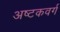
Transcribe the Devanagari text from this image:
अष्टकवर्ग